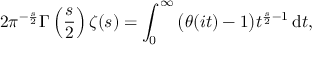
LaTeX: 2 \pi ^ { - { \frac { s } { 2 } } } \Gamma \left( { \frac { s } { 2 } } \right) \zeta ( s ) = \int _ { 0 } ^ { \infty } { \bigl ( } \theta ( i t ) - 1 { \bigr ) } t ^ { { \frac { s } { 2 } } - 1 } \, \mathrm { d } t ,